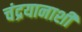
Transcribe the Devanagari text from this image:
चंद्रयानाशी